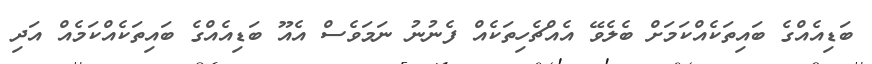
ބަޑިއެއްގެ ބައިތަކެއްކަމަށް ބެލެވޭ އެއްޗެހިތަކެއް ފެނުނު ނަމަވެސް އެއޫ ބަޑިއެއްގެ ބައިތަކެއްކަމެއް އަދި